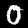
Label: 0